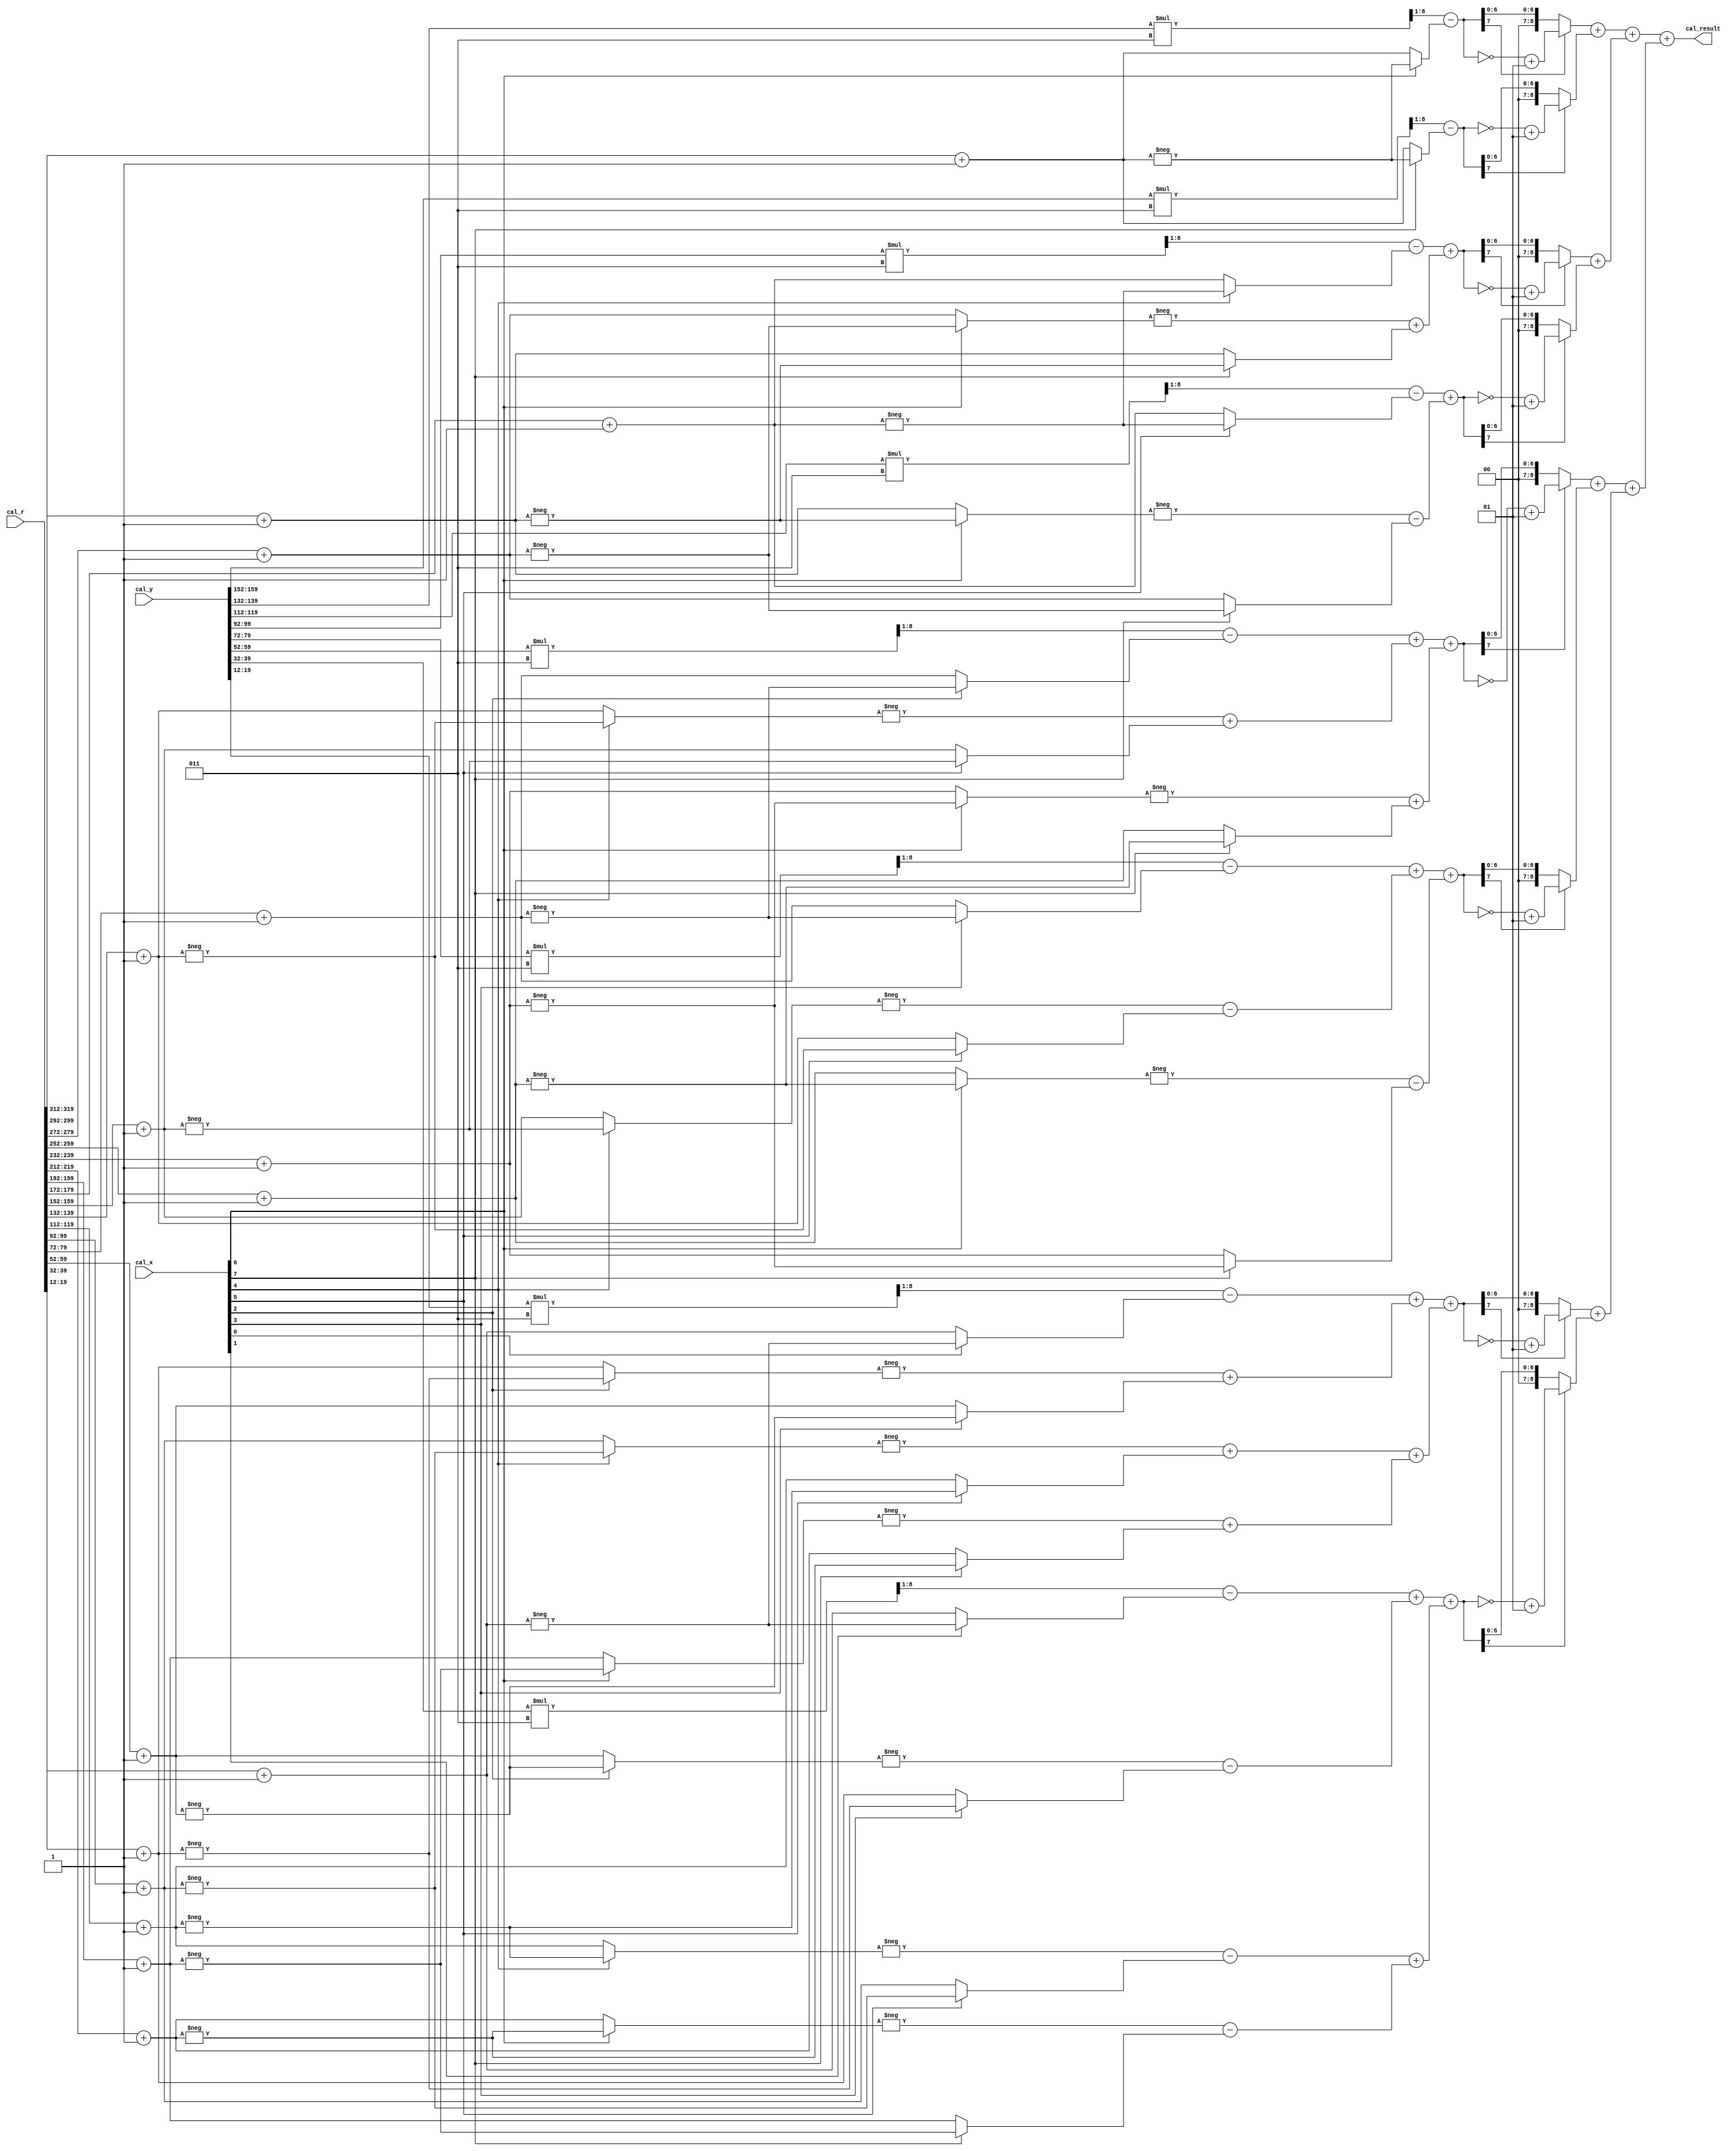
module cal (
    input  [  8-1:0] cal_x,
    input  [160-1:0] cal_y,
    input  [320-1:0] cal_r,
    output [ 10-1:0] cal_result
);

wire                 x4_i,  x4_r,  x3_i,  x3_r,  x2_i,  x2_r,  x1_i,  x1_r;
wire signed [ 8-1:0] y4_i,  y4_r,  y3_i,  y3_r,  y2_i,  y2_r,  y1_i,  y1_r;
wire signed [ 8-1:0] r44_r, r34_i, r34_r, r24_i, r24_r, r14_i, r14_r, r33_r, r23_i, r23_r, r13_i, r13_r, r22_r, r12_i, r12_r, r11_r;

wire signed [13-1:0] y4_tmp_i, y4_tmp_r, y3_tmp_i, y3_tmp_r, y2_tmp_i, y2_tmp_r, y1_tmp_i, y1_tmp_r;
wire signed [ 8-1:0] r44s4r_r, r44s4i_i, r33s3r_r, r33s3i_i, r34s4r_r, r34s4i_r, r34s4r_i, r34s4i_i, r22s2r_r, r22s2i_i, r23s3r_r, r23s3i_r, r23s3r_i, r23s3i_i, r24s4r_r, r24s4i_r, 
                     r24s4r_i, r24s4i_i, r11s1r_r, r11s1i_i, r12s2r_r, r12s2i_r, r12s2r_i, r12s2i_i, r13s3r_r, r13s3i_r, r13s3r_i, r13s3i_i, r14s4r_r, r14s4i_r, r14s4r_i, r14s4i_i;

wire signed [ 8-1:0] y1_ext_i, y1_ext_r, y2_ext_i, y2_ext_r, y3_ext_i, y3_ext_r, y4_ext_i, y4_ext_r;

wire signed [ 8-1:0] entry4_r, entry4_i, entry3_r, entry3_i, entry2_r, entry2_i, entry1_r, entry1_i;
wire signed [ 9-1:0] square4_r, square4_i, square3_r, square3_i, square2_r, square2_i, square1_r, square1_i;

assign {x4_i, x4_r, x3_i, x3_r, x2_i, x2_r, x1_i, x1_r} = {cal_x};
assign {y4_i, y4_r, y3_i, y3_r, y2_i, y2_r, y1_i, y1_r} = {cal_y[159:152], cal_y[139:132], cal_y[119:112], cal_y[  99:92], cal_y[  79:72], cal_y[  59:52], cal_y[  39:32], cal_y[  19:12]};

assign r44_r = cal_r[319:312]+1;
assign r34_i = cal_r[299:292]+1;
assign r34_r = cal_r[279:272]+1;
assign r24_i = cal_r[259:252]+1;
assign r24_r = cal_r[239:232]+1;
assign r14_i = cal_r[219:212]+1;
assign r14_r = cal_r[199:192]+1;
assign r33_r = cal_r[179:172]+1;
assign r23_i = cal_r[159:152]+1;
assign r23_r = cal_r[139:132]+1;
assign r13_i = cal_r[119:112]+1;
assign r13_r = cal_r[  99:92]+1;
assign r22_r = cal_r[  79:72]+1;
assign r12_i = cal_r[  59:52]+1;
assign r12_r = cal_r[  39:32]+1;
assign r11_r = cal_r[  19:12]+1;

assign y4_tmp_i = y4_i*5'sb0001_1;
assign y4_tmp_r = y4_r*5'sb0001_1;
assign y3_tmp_i = y3_i*5'sb0001_1;
assign y3_tmp_r = y3_r*5'sb0001_1;
assign y2_tmp_i = y2_i*5'sb0001_1;
assign y2_tmp_r = y2_r*5'sb0001_1;
assign y1_tmp_i = y1_i*5'sb0001_1;
assign y1_tmp_r = y1_r*5'sb0001_1;

assign r44s4r_r = (x4_r)? -r44_r: r44_r;
assign r44s4i_i = (x4_i)? -r44_r: r44_r;
assign r33s3r_r = (x3_r)? -r33_r: r33_r;
assign r33s3i_i = (x3_i)? -r33_r: r33_r;
assign r34s4r_r = (x4_r)? -r34_r: r34_r;
assign r34s4i_r = (x4_i)? -r34_i: r34_i;
assign r34s4r_i = (x4_r)? -r34_i: r34_i;
assign r34s4i_i = (x4_i)? -r34_r: r34_r;
assign r22s2r_r = (x2_r)? -r22_r: r22_r;
assign r22s2i_i = (x2_i)? -r22_r: r22_r;
assign r23s3r_r = (x3_r)? -r23_r: r23_r;
assign r23s3i_r = (x3_i)? -r23_i: r23_i;
assign r23s3r_i = (x3_r)? -r23_i: r23_i;
assign r23s3i_i = (x3_i)? -r23_r: r23_r;
assign r24s4r_r = (x4_r)? -r24_r: r24_r;
assign r24s4i_r = (x4_i)? -r24_i: r24_i;
assign r24s4r_i = (x4_r)? -r24_i: r24_i;
assign r24s4i_i = (x4_i)? -r24_r: r24_r;
assign r11s1r_r = (x1_r)? -r11_r: r11_r;
assign r11s1i_i = (x1_i)? -r11_r: r11_r;
assign r12s2r_r = (x2_r)? -r12_r: r12_r;
assign r12s2i_r = (x2_i)? -r12_i: r12_i;
assign r12s2r_i = (x2_r)? -r12_i: r12_i;
assign r12s2i_i = (x2_i)? -r12_r: r12_r;
assign r13s3r_r = (x3_r)? -r13_r: r13_r;
assign r13s3i_r = (x3_i)? -r13_i: r13_i;
assign r13s3r_i = (x3_r)? -r13_i: r13_i;
assign r13s3i_i = (x3_i)? -r13_r: r13_r;
assign r14s4r_r = (x4_r)? -r14_r: r14_r;
assign r14s4i_r = (x4_i)? -r14_i: r14_i;
assign r14s4r_i = (x4_r)? -r14_i: r14_i;
assign r14s4i_i = (x4_i)? -r14_r: r14_r;

assign y4_ext_i = y4_tmp_i[1+:8];
assign y4_ext_r = y4_tmp_r[1+:8];
assign y3_ext_i = y3_tmp_i[1+:8];
assign y3_ext_r = y3_tmp_r[1+:8];
assign y2_ext_i = y2_tmp_i[1+:8];
assign y2_ext_r = y2_tmp_r[1+:8];
assign y1_ext_i = y1_tmp_i[1+:8];
assign y1_ext_r = y1_tmp_r[1+:8];

assign entry4_r =   y4_ext_r - r44s4r_r;
assign entry4_i =   y4_ext_i - r44s4i_i;
assign entry3_r =  (y3_ext_r - r33s3r_r) + (-r34s4r_r + r34s4i_r);
assign entry3_i =  (y3_ext_i - r33s3i_i) + (-r34s4r_i - r34s4i_i);
assign entry2_r = ((y2_ext_r - r22s2r_r) + (-r23s3r_r + r23s3i_r)) +  (-r24s4r_r + r24s4i_r);
assign entry2_i = ((y2_ext_i - r22s2i_i) + (-r23s3r_i - r23s3i_i)) +  (-r24s4r_i - r24s4i_i);
assign entry1_r = ((y1_ext_r - r11s1r_r) + (-r12s2r_r + r12s2i_r)) + ((-r13s3r_r + r13s3i_r) + (-r14s4r_r + r14s4i_r));
assign entry1_i = ((y1_ext_i - r11s1i_i) + (-r12s2r_i - r12s2i_i)) + ((-r13s3r_i - r13s3i_i) + (-r14s4r_i - r14s4i_i));

assign square4_r = (entry4_r[7])? (~entry4_r)+1: entry4_r;
assign square4_i = (entry4_i[7])? (~entry4_i)+1: entry4_i;
assign square3_r = (entry3_r[7])? (~entry3_r)+1: entry3_r;
assign square3_i = (entry3_i[7])? (~entry3_i)+1: entry3_i;
assign square2_r = (entry2_r[7])? (~entry2_r)+1: entry2_r;
assign square2_i = (entry2_i[7])? (~entry2_i)+1: entry2_i;
assign square1_r = (entry1_r[7])? (~entry1_r)+1: entry1_r;
assign square1_i = (entry1_i[7])? (~entry1_i)+1: entry1_i;

assign cal_result = ((square4_r + square4_i) + (square3_r + square3_i)) + ((square2_r + square2_i) + (square1_r + square1_i));

endmodule